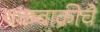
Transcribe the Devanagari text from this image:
थकबाकीचे